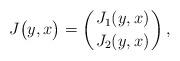
LaTeX: \begin{align*}J\big( y, x\big)=\left(J_1( y, x)\atop J_2( y, x) \right),\end{align*}